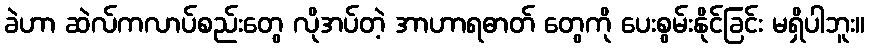
ခဲဟာ ဆဲလ်ကလာပ်စည်းတွေ လိုအပ်တဲ့ အာဟာရဓာတ် တွေကို ပေးစွမ်းနိုင်ခြင်း မရှိပါဘူး။